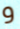
و